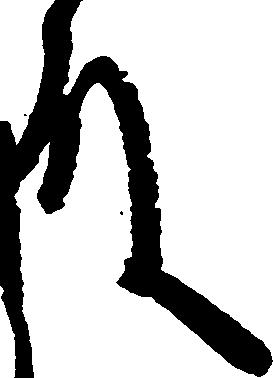
殿